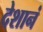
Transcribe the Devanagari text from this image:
देशानं